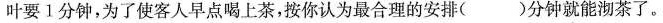
叶要1分钟，为了使客人早点喝上茶，按你认为最合理的安排( )分钟就能沏茶了。